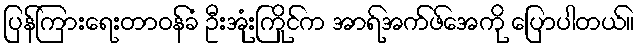
ပြန်ကြားရေးတာဝန်ခံ ဦးအုံးကြိုင်က အာရ်အက်ဖ်အေကို ပြောပါတယ်။